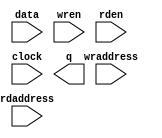
// megafunction wizard: %LPM_RAM_DP%VBB%
// GENERATION: STANDARD
// VERSION: WM1.0
// MODULE: altsyncram 

// ============================================================
// Megafunction Name(s):
// 			altsyncram
// ============================================================
// ************************************************************
// THIS IS A WIZARD-GENERATED FILE. DO NOT EDIT THIS FILE!
//
// 5.0 Build 148 04/26/2005 SJ Full Version
// ************************************************************

//Copyright (C) 1991-2005 Altera Corporation
//Your use of Altera Corporation's design tools, logic functions 
//and other software and tools, and its AMPP partner logic       
//functions, and any output files any of the foregoing           
//(including device programming or simulation files), and any    
//associated documentation or information are expressly subject  
//to the terms and conditions of the Altera Program License      
//Subscription Agreement, Altera MegaCore Function License       
//Agreement, or other applicable license agreement, including,   
//without limitation, that your use is for the sole purpose of   
//programming logic devices manufactured by Altera and sold by   
//Altera or its authorized distributors.  Please refer to the    
//applicable agreement for further details.

module U_buffer (
	data,
	wren,
	wraddress,
	rdaddress,
	rden,
	clock,
	q);

	input	[7:0]  data;
	input	  wren;
	input	[4:0]  wraddress;
	input	[4:0]  rdaddress;
	input	  rden;
	input	  clock;
	output	[7:0]  q;

endmodule

// ============================================================
// CNX file retrieval info
// ============================================================
// Retrieval info: PRIVATE: MEM_IN_BITS NUMERIC "1"
// Retrieval info: PRIVATE: OPERATION_MODE NUMERIC "2"
// Retrieval info: PRIVATE: UseDPRAM NUMERIC "1"
// Retrieval info: PRIVATE: VarWidth NUMERIC "0"
// Retrieval info: PRIVATE: WIDTH_WRITE_A NUMERIC "8"
// Retrieval info: PRIVATE: WIDTH_WRITE_B NUMERIC "8"
// Retrieval info: PRIVATE: WIDTH_READ_A NUMERIC "8"
// Retrieval info: PRIVATE: WIDTH_READ_B NUMERIC "8"
// Retrieval info: PRIVATE: MEMSIZE NUMERIC "256"
// Retrieval info: PRIVATE: RAM_BLOCK_TYPE NUMERIC "0"
// Retrieval info: PRIVATE: MAXIMUM_DEPTH NUMERIC "0"
// Retrieval info: PRIVATE: IMPLEMENT_IN_LES NUMERIC "0"
// Retrieval info: PRIVATE: Clock NUMERIC "0"
// Retrieval info: PRIVATE: rden NUMERIC "1"
// Retrieval info: PRIVATE: BYTE_ENABLE_A NUMERIC "0"
// Retrieval info: PRIVATE: BYTE_ENABLE_B NUMERIC "0"
// Retrieval info: PRIVATE: BYTE_SIZE NUMERIC "8"
// Retrieval info: PRIVATE: Clock_A NUMERIC "0"
// Retrieval info: PRIVATE: Clock_B NUMERIC "0"
// Retrieval info: PRIVATE: REGdata NUMERIC "1"
// Retrieval info: PRIVATE: REGwraddress NUMERIC "1"
// Retrieval info: PRIVATE: REGwren NUMERIC "1"
// Retrieval info: PRIVATE: REGrdaddress NUMERIC "1"
// Retrieval info: PRIVATE: REGrren NUMERIC "1"
// Retrieval info: PRIVATE: REGq NUMERIC "0"
// Retrieval info: PRIVATE: INDATA_REG_B NUMERIC "0"
// Retrieval info: PRIVATE: WRADDR_REG_B NUMERIC "0"
// Retrieval info: PRIVATE: OUTDATA_REG_B NUMERIC "0"
// Retrieval info: PRIVATE: CLRdata NUMERIC "0"
// Retrieval info: PRIVATE: CLRwren NUMERIC "0"
// Retrieval info: PRIVATE: CLRwraddress NUMERIC "0"
// Retrieval info: PRIVATE: CLRrdaddress NUMERIC "0"
// Retrieval info: PRIVATE: CLRrren NUMERIC "0"
// Retrieval info: PRIVATE: CLRq NUMERIC "0"
// Retrieval info: PRIVATE: BYTEENA_ACLR_A NUMERIC "0"
// Retrieval info: PRIVATE: INDATA_ACLR_B NUMERIC "0"
// Retrieval info: PRIVATE: WRCTRL_ACLR_B NUMERIC "0"
// Retrieval info: PRIVATE: WRADDR_ACLR_B NUMERIC "0"
// Retrieval info: PRIVATE: OUTDATA_ACLR_B NUMERIC "0"
// Retrieval info: PRIVATE: BYTEENA_ACLR_B NUMERIC "0"
// Retrieval info: PRIVATE: enable NUMERIC "0"
// Retrieval info: PRIVATE: CLOCK_ENABLE_INPUT_A NUMERIC "0"
// Retrieval info: PRIVATE: CLOCK_ENABLE_OUTPUT_A NUMERIC "0"
// Retrieval info: PRIVATE: CLOCK_ENABLE_INPUT_B NUMERIC "0"
// Retrieval info: PRIVATE: CLOCK_ENABLE_OUTPUT_B NUMERIC "0"
// Retrieval info: PRIVATE: ADDRESSSTALL_A NUMERIC "0"
// Retrieval info: PRIVATE: ADDRESSSTALL_B NUMERIC "0"
// Retrieval info: PRIVATE: READ_DURING_WRITE_MODE_MIXED_PORTS NUMERIC "2"
// Retrieval info: PRIVATE: INIT_TO_SIM_X NUMERIC "0"
// Retrieval info: PRIVATE: BlankMemory NUMERIC "0"
// Retrieval info: PRIVATE: MIFfilename STRING "mea_buffers.mif"
// Retrieval info: PRIVATE: INIT_FILE_LAYOUT STRING "PORT_B"
// Retrieval info: PRIVATE: JTAG_ENABLED NUMERIC "0"
// Retrieval info: PRIVATE: JTAG_ID STRING "NONE"
// Retrieval info: PRIVATE: INTENDED_DEVICE_FAMILY STRING "Stratix"
// Retrieval info: CONSTANT: INTENDED_DEVICE_FAMILY STRING "Stratix"
// Retrieval info: CONSTANT: OPERATION_MODE STRING "DUAL_PORT"
// Retrieval info: CONSTANT: WIDTH_A NUMERIC "8"
// Retrieval info: CONSTANT: WIDTHAD_A NUMERIC "5"
// Retrieval info: CONSTANT: NUMWORDS_A NUMERIC "32"
// Retrieval info: CONSTANT: WIDTH_B NUMERIC "8"
// Retrieval info: CONSTANT: WIDTHAD_B NUMERIC "5"
// Retrieval info: CONSTANT: NUMWORDS_B NUMERIC "32"
// Retrieval info: CONSTANT: LPM_TYPE STRING "altsyncram"
// Retrieval info: CONSTANT: WIDTH_BYTEENA_A NUMERIC "1"
// Retrieval info: CONSTANT: OUTDATA_REG_B STRING "UNREGISTERED"
// Retrieval info: CONSTANT: INDATA_ACLR_A STRING "NONE"
// Retrieval info: CONSTANT: WRCONTROL_ACLR_A STRING "NONE"
// Retrieval info: CONSTANT: ADDRESS_ACLR_A STRING "NONE"
// Retrieval info: CONSTANT: ADDRESS_REG_B STRING "CLOCK0"
// Retrieval info: CONSTANT: RDCONTROL_REG_B STRING "CLOCK0"
// Retrieval info: CONSTANT: RDCONTROL_ACLR_B STRING "NONE"
// Retrieval info: CONSTANT: ADDRESS_ACLR_B STRING "NONE"
// Retrieval info: CONSTANT: OUTDATA_ACLR_B STRING "NONE"
// Retrieval info: CONSTANT: READ_DURING_WRITE_MODE_MIXED_PORTS STRING "DONT_CARE"
// Retrieval info: CONSTANT: POWER_UP_UNINITIALIZED STRING "FALSE"
// Retrieval info: CONSTANT: INIT_FILE STRING "mea_buffers.mif"
// Retrieval info: USED_PORT: data 0 0 8 0 INPUT NODEFVAL data[7..0]
// Retrieval info: USED_PORT: wren 0 0 0 0 INPUT VCC wren
// Retrieval info: USED_PORT: q 0 0 8 0 OUTPUT NODEFVAL q[7..0]
// Retrieval info: USED_PORT: wraddress 0 0 5 0 INPUT NODEFVAL wraddress[4..0]
// Retrieval info: USED_PORT: rdaddress 0 0 5 0 INPUT NODEFVAL rdaddress[4..0]
// Retrieval info: USED_PORT: rden 0 0 0 0 INPUT VCC rden
// Retrieval info: USED_PORT: clock 0 0 0 0 INPUT NODEFVAL clock
// Retrieval info: CONNECT: @data_a 0 0 8 0 data 0 0 8 0
// Retrieval info: CONNECT: @wren_a 0 0 0 0 wren 0 0 0 0
// Retrieval info: CONNECT: q 0 0 8 0 @q_b 0 0 8 0
// Retrieval info: CONNECT: @address_a 0 0 5 0 wraddress 0 0 5 0
// Retrieval info: CONNECT: @address_b 0 0 5 0 rdaddress 0 0 5 0
// Retrieval info: CONNECT: @rden_b 0 0 0 0 rden 0 0 0 0
// Retrieval info: CONNECT: @clock0 0 0 0 0 clock 0 0 0 0
// Retrieval info: LIBRARY: altera_mf altera_mf.altera_mf_components.all
// Retrieval info: GEN_FILE: TYPE_NORMAL U_buffer.v TRUE
// Retrieval info: GEN_FILE: TYPE_NORMAL U_buffer.inc FALSE
// Retrieval info: GEN_FILE: TYPE_NORMAL U_buffer.cmp FALSE
// Retrieval info: GEN_FILE: TYPE_NORMAL U_buffer.bsf TRUE
// Retrieval info: GEN_FILE: TYPE_NORMAL U_buffer_inst.v FALSE
// Retrieval info: GEN_FILE: TYPE_NORMAL U_buffer_bb.v TRUE